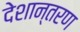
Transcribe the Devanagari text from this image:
देशान्तरण